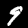
Label: 9